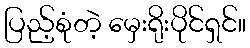
ပြည့်စုံတဲ့ မှေးရိုးပိုင်ရှင်။